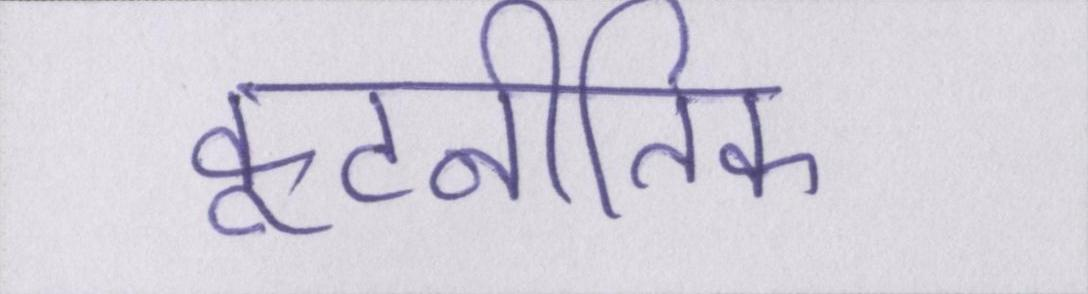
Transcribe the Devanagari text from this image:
कूटनीतिक